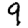
Digit: 9